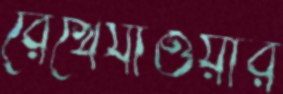
রেখেযাওয়ার